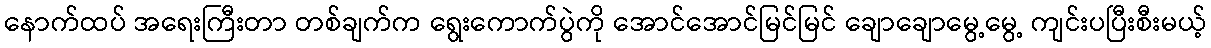
နောက်ထပ် အရေးကြီးတာ တစ်ချက်က ရွေးကောက်ပွဲကို အောင်အောင်မြင်မြင် ချောချောမွေ့မွေ့ ကျင်းပပြီးစီးမယ့်